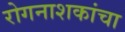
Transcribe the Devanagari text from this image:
रोगनाशकांचा